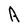
Character: A